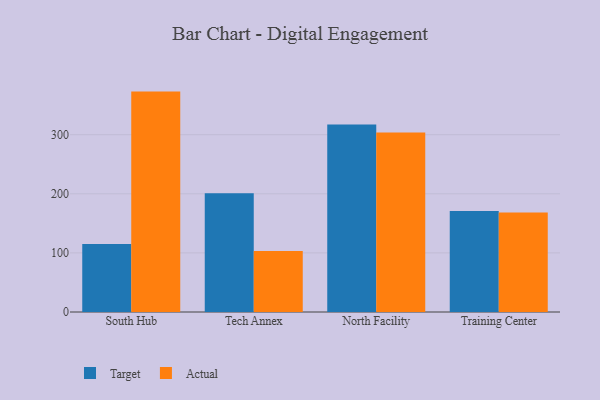
{"axis": {"x": "Campus", "y": "Customer Acquisition Cost (USD)"}, "legend": ["Actual", "Target"], "data": [{"x": "South Hub", "y": 115.2, "type": "Target"}, {"x": "South Hub", "y": 372.9, "type": "Actual"}, {"x": "Tech Annex", "y": 201.0, "type": "Target"}, {"x": "Tech Annex", "y": 103.0, "type": "Actual"}, {"x": "North Facility", "y": 317.1, "type": "Target"}, {"x": "North Facility", "y": 303.8, "type": "Actual"}, {"x": "Training Center", "y": 170.9, "type": "Target"}, {"x": "Training Center", "y": 168.4, "type": "Actual"}]}